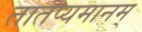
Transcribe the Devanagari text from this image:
तातप्यमानम्